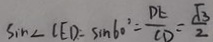
\sin \angle C E D = \sin 6 0 ^ { \circ } = \frac { D E } { C D } = \frac { \sqrt { 3 } } { 2 }